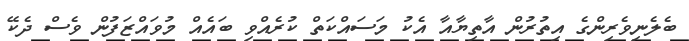
ބެލެނިވެރިންގެ އިތުރުން އާތިޔާއާ އެކު މަސައްކަތް ކުރެއްވި ބައެއް މުވައްޒަފުން ވެސް ދެކޭ